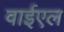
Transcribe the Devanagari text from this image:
वाईएल